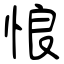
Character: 悢